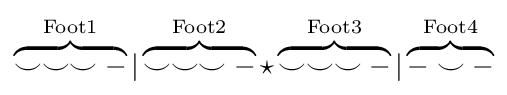
\overbrace {\smile \smile \smile -} ^{\mathrm {Foot1} }|\overbrace {\smile \smile \smile -} ^{\mathrm {Foot2} }\star \overbrace {\smile \smile \smile -} ^{\mathrm {Foot3} }|\overbrace {-\smile -} ^{\mathrm {Foot4} }